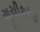
સૂચીકરણ